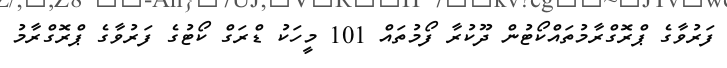
ފަރުވާގެ ޕްރޮގްރާމުތައްކޯޓުން ދޫކުރާ ފޯމުތައް 101 މީހަކު ޑްރަގް ކޯޓުގެ ފަރުވާގެ ޕްރޮގްރާމު